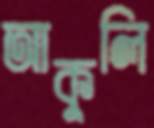
আকুলি